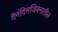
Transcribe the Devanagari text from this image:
दैनंदिनजिवनातील